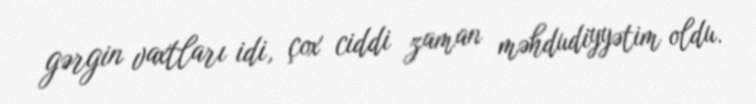
gərgin vaxtları idi, çox ciddi zaman məhdudiyyətim oldu.